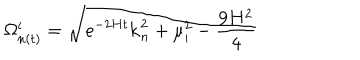
LaTeX: \Omega _ { n ( t ) } ^ { i } = \sqrt { e ^ { - 2 H t } { \bf k } _ { n } ^ { 2 } + \mu _ { i } ^ { 2 } - \frac { 9 H ^ { 2 } } { 4 } }